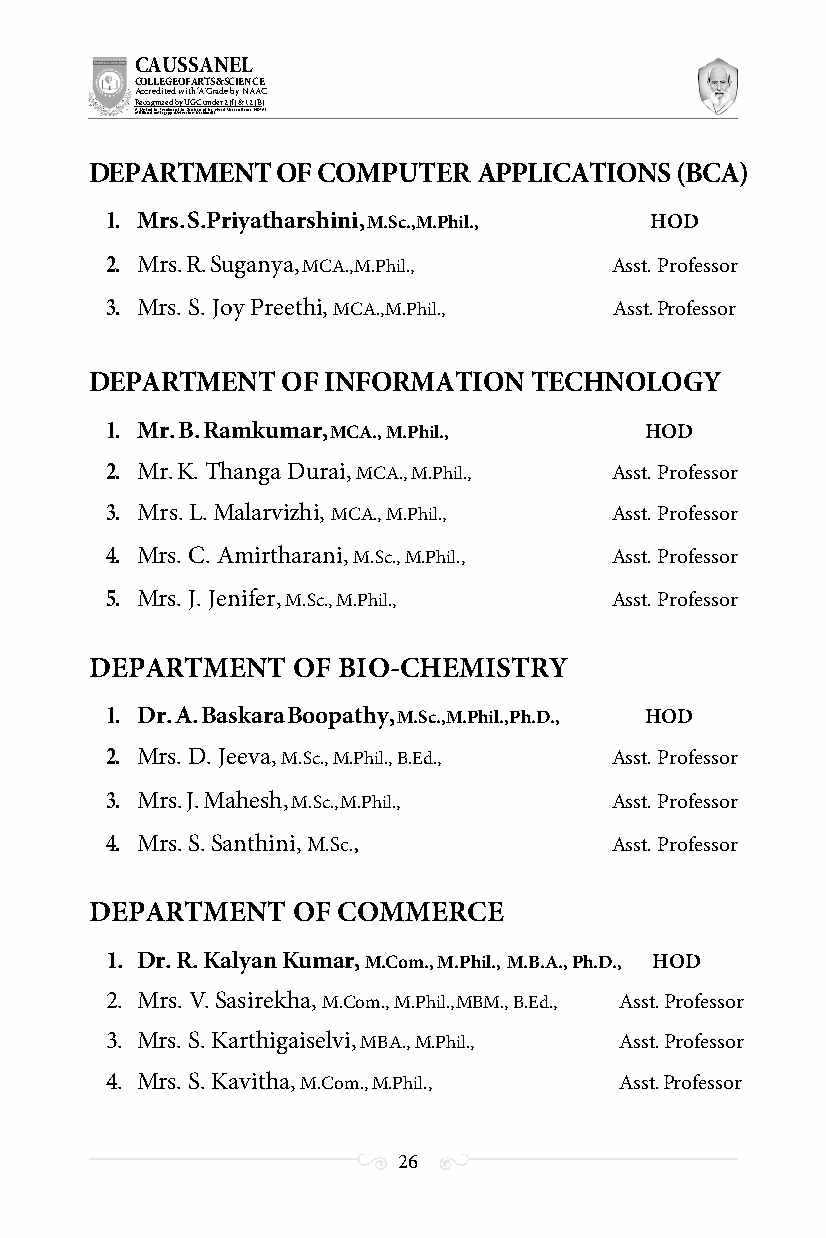
CAUSSANEL
 COLLEGE OF ARTS & SCIENCE
 Accredited with ‘A’ Grade by NAAC
 Recognized by UGC under 2 (f) & 12 (B)
 ((AA fUfilniaitt eodf ttoh eA Ilnasgtaitpuptae oUfn tihvee rBsirtoy,t hKerasr aoifk uthdei )S acred Heart of Jesus, INDIA)
 DEPARTMENT  OF COMPUTER   APPLICATIONS (BCA)
 1. Mrs. S.Priyatharshini, M.Sc., M.Phil., HOD
 2. Mrs. R. Suganya, MCA., M.Phil., Asst. Professor
 3. Mrs. S. Joy Preethi, MCA., M.Phil., Asst. Professor
 DEPARTMENT   OF INFORMATION  TECHNOLOGY
 1. Mr. B. Ramkumar, MCA., M.Phil.,  HOD
 2. Mr. K. Thanga Durai, MCA., M.Phil., Asst. Professor
 3. Mrs. L. Malarvizhi, MCA., M.Phil., Asst. Professor
 4. Mrs. C. Amirtharani, M.Sc., M.Phil., Asst. Professor
 5. Mrs. J. Jenifer, M.Sc., M.Phil., Asst. Professor
 DEPARTMENT   OF BIO-CHEMISTRY
 1. Dr. A. Baskara Boopathy, M.Sc., M.Phil., Ph.D., HOD
 2. Mrs. D. Jeeva, M.Sc., M.Phil., B.Ed., Asst. Professor
 3. Mrs. J. Mahesh, M.Sc., M.Phil., Asst. Professor
 4. Mrs. S. Santhini, M.Sc.,      Asst. Professor
 DEPARTMENT   OF COMMERCE
 1. Dr. R. Kalyan Kumar, M.Com., M.Phil., M.B.A., Ph.D., HOD
 2. Mrs. V. Sasirekha, M.Com., M.Phil., MBM., B.Ed., Asst. Professor
 3. Mrs. S. Karthigaiselvi, MBA., M.Phil., Asst. Professor
 4. Mrs. S. Kavitha, M.Com., M.Phil., Asst. Professor
 26